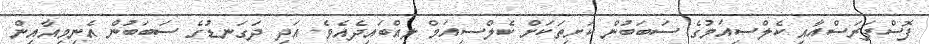
ފޮސްފަރަސްއާއި ކެލްސިއަމުގެ ސަބަބުން ކަށިތަކަށް ކެލްސިއަމް ލިއްބައިދެއެވެ. އަދި ދަގަނޑުގެ ސަބަބުން އެނިމިއާއިން